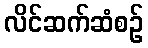
လိင်ဆက်ဆံစဉ်